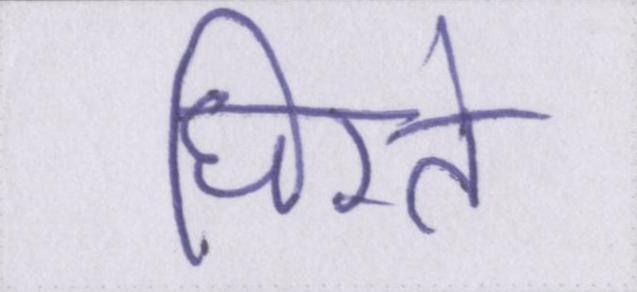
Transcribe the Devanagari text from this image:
घिरते